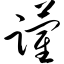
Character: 躏